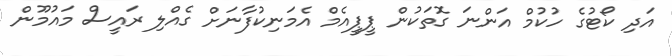
އަދި ކޯޓުގެ ހުކުމް އަންނަ ގޮތަކުން ޕީޕީއެމް އެމަނިކުފާނަށް ގެއްލި ރައީސް މައުމޫން